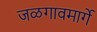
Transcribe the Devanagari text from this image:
जळगावमार्गे